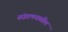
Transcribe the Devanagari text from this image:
संज्ञापनातील